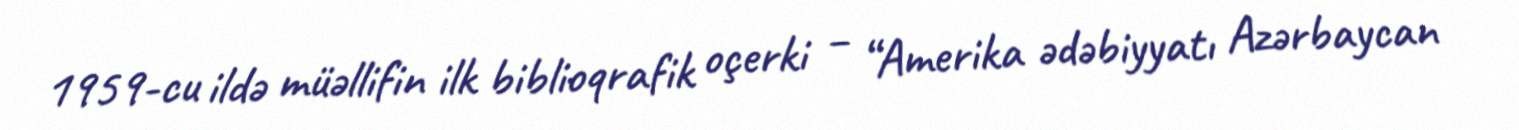
1959-cu ildə müəllifin ilk biblioqrafik oçerki – “Amerika ədəbiyyatı Azərbaycan